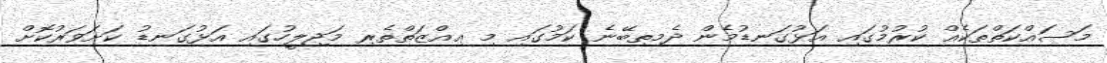
މަސައްކަތްތަކެއް ކުރުމުގައި އަޅުގަނޑުމެން ދެމިތިބޭނެ ކަމުގައި މި ޢިއްޒަތްތެރި މަޖިލީހުގައި އަޅުގަނޑު ކަށަވަރުކޮށް